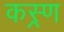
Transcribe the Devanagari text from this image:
कस्र्ण